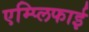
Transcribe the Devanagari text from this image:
एम्प्लिफाई